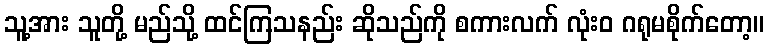
သူ့အား သူတို့ မည်သို့ ထင်ကြသနည်း ဆိုသည်ကို စကားလက် လုံးဝ ဂရုမစိုက်တော့။